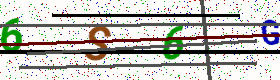
Text: 6S6G